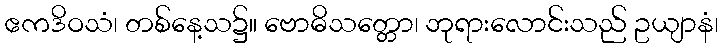
ဧကဒိဝသံ၊ တစ်နေ့သ၌။ ဗောဓိသတ္တော၊ ဘုရားလောင်းသည် ဥယျာနံ၊